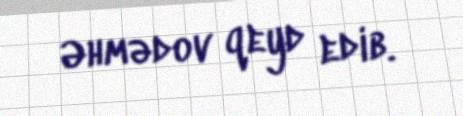
Əhmədov qeyd edib.